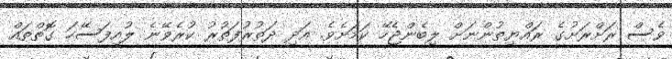
ވެސް ރަށްރަށުގެ ރައްޔިތުންނަށް ލިބެންޖެހޭ ކަމަށެވެ. އަދި ދަތުރުފަތުރު ކުރެވޭނެ ލުއިފަސޭހަ ގޮތްތައް